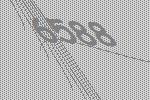
6588